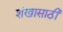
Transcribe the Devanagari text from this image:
शंखासाठी